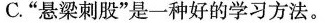
C.”悬梁刺股”是一种好的学习方法。